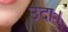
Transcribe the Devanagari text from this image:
उदा।